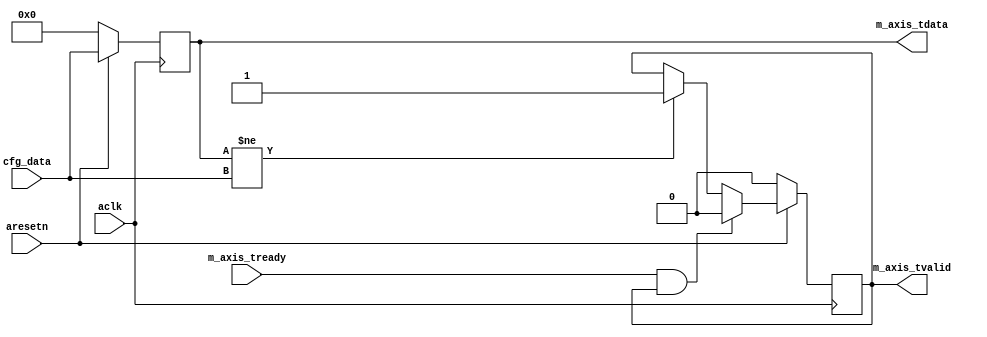
module axis_variable #
(
  parameter integer AXIS_TDATA_WIDTH = 32
)
(
  input  wire                        aclk,
  input  wire                        aresetn,
  input  wire [AXIS_TDATA_WIDTH-1:0] cfg_data,
  input  wire                        m_axis_tready,
  output wire [AXIS_TDATA_WIDTH-1:0] m_axis_tdata,
  output wire                        m_axis_tvalid
);
  reg [AXIS_TDATA_WIDTH-1:0] int_tdata_reg;
  reg int_tvalid_reg, int_tvalid_next;
  always @(posedge aclk)
  begin
    if(~aresetn)
    begin
      int_tdata_reg <= {(AXIS_TDATA_WIDTH){1'b0}};
      int_tvalid_reg <= 1'b0;
    end
    else
    begin
      int_tdata_reg <= cfg_data;
      int_tvalid_reg <= int_tvalid_next;
    end
  end
  always @*
  begin
    int_tvalid_next = int_tvalid_reg;
    if(int_tdata_reg != cfg_data)
    begin
      int_tvalid_next = 1'b1;
    end
    if(m_axis_tready & int_tvalid_reg)
    begin
      int_tvalid_next = 1'b0;
    end
  end
  assign m_axis_tdata = int_tdata_reg;
  assign m_axis_tvalid = int_tvalid_reg;
endmodule